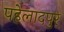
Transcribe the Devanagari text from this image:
पहेलादपुर